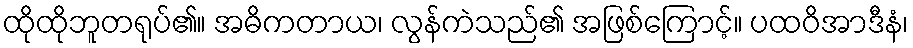
ထိုထိုဘူတရုပ်၏။ အဓိကတာယ၊ လွန်ကဲသည်၏ အဖြစ်ကြောင့်။ ပထဝိအာဒီနံ၊